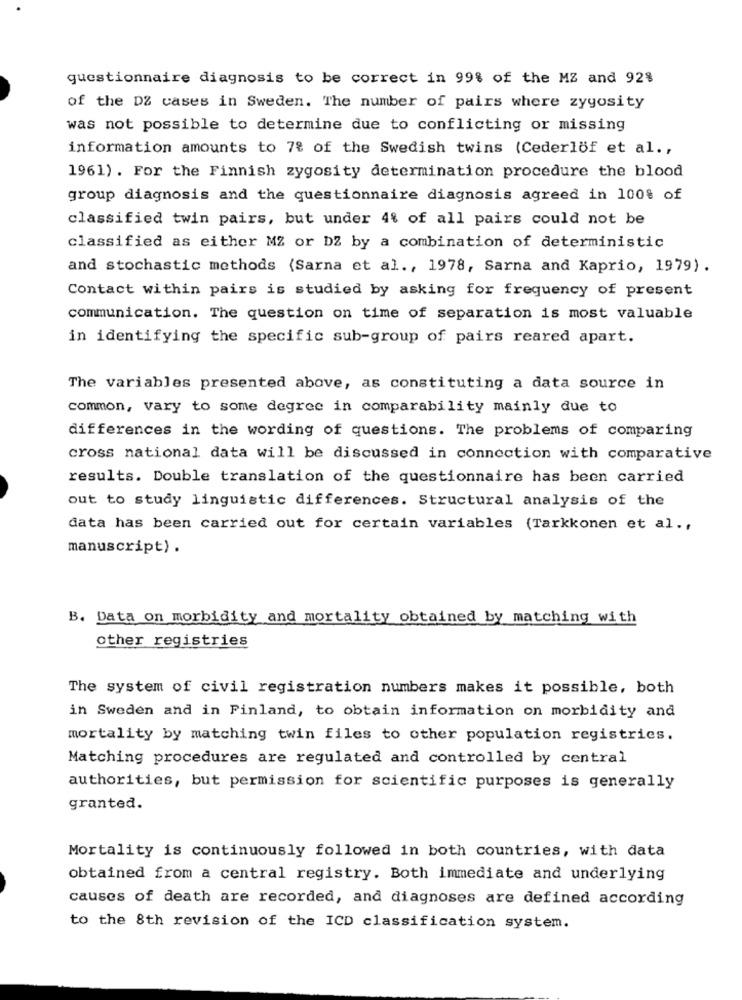
questionnaire diagnosis to be correct in 99% of the MZ and 92%
of the DZ cases in Sweden. The number of pairs where zygosity
was not possible to determine due to conflicting or missing
information amounts to 7% of the Swedish twins (Cederlof et al .,
1961) . For the Finnish zygosity determination procedure the blood
group diagnosis and the questionnaire diagnosis agreed in 100% of
classified twin pairs, but under 4% of all pairs could not be
classified as either MZ or DZ by a combination of deterministic
and stochastic methods (Sarna et al ., 1978, Sarna and Kaprio, 1979) .
Contact within pairs is studied by asking for frequency of present
communication. The question on time of separation is most valuable
in identifying the specific sub-group of pairs reared apart.
The variables presented above, as constituting a data source in
common, vary to some degree in comparability mainly due to
differences in the wording of questions. The problems of comparing
cross national data will be discussed in connection with comparative
results. Double translation of the questionnaire has been carried
out to study linguistic differences. Structural analysis of the
data has been carried out for certain variables (Tarkkonen et al .,
manuscript) .
B. Data on morbidity and mortality obtained by matching with
other registries
The system of civil registration numbers makes it possible, both
in Sweden and in Finland, to obtain information on morbidity and
mortality by matching twin files to other population registries.
Matching procedures are regulated and controlled by central
authorities, but permission for scientific purposes is generally
granted.
Mortality is continuously followed in both countries, with data
obtained from a central registry. Both immediate and underlying
causes of death are recorded, and diagnoses are defined according
to the 8th revision of the ICD classification system.